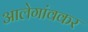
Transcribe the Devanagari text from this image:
आलेगांवकर